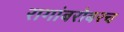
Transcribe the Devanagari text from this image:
रागांबरोबरच